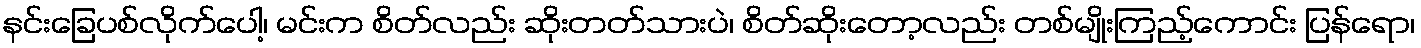
နင်းခြေပစ်လိုက်ပေါ့၊ မင်းက စိတ်လည်း ဆိုးတတ်သားပဲ၊ စိတ်ဆိုးတော့လည်း တစ်မျိုးကြည့်ကောင်း ပြန်ရော၊